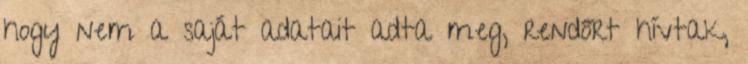
hogy nem a saját adatait adta meg, rendőrt hívtak,